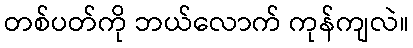
တစ်ပတ်ကို ဘယ်လောက် ကုန်ကျလဲ။